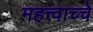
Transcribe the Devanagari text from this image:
महत्त्वाच्चे